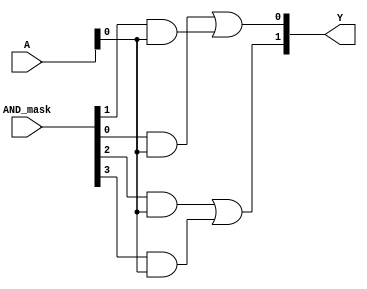
module PAL (
    input wire [n-1:0] A,        // n inputs
    input wire [m-1:0] AND_mask, // Programmable mask for AND gates
    output wire [p-1:0] Y        // p outputs
);

// Parameters
parameter n = 8; // Number of inputs
parameter m = 4; // Number of AND gates
parameter p = 2; // Number of outputs

// Internal signals for AND gate outputs
wire [m-1:0] AND_out;

// AND gate array
genvar i;
generate
    for (i = 0; i < m; i = i + 1) begin : and_array
        assign AND_out[i] = (AND_mask[i] & A[0]) | 
                             (AND_mask[i] & A[1] << 1) | 
                             (AND_mask[i] & A[2] << 2) | 
                             (AND_mask[i] & A[3] << 3) |
                             (AND_mask[i] & A[4] << 4) |
                             (AND_mask[i] & A[5] << 5) |
                             (AND_mask[i] & A[6] << 6) |
                             (AND_mask[i] & A[7] << 7);
    end
endgenerate

// Fixed OR gates
assign Y[0] = AND_out[0] | AND_out[1]; // OR gate 1
assign Y[1] = AND_out[2] | AND_out[3]; // OR gate 2

endmodule